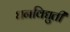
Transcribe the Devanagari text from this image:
धनविद्युती